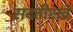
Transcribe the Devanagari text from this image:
सदतीसवे